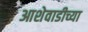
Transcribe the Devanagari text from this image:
आशेवाडीच्या